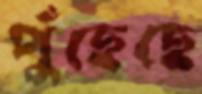
পুঁছেছে